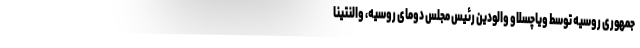
جمهوری روسیه توسط ویاچسلاو والودین رئیس مجلس دومای روسیه، والنتینا